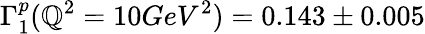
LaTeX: \Gamma_{1}^{p}(\mathbb{Q}^{2}=10GeV^{2})=0.143\pm0.005